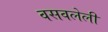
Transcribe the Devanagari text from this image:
वसवलेली